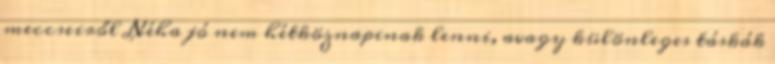
meccseiről Néha jó nem hétköznapinak lenni, avagy különleges táskák